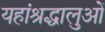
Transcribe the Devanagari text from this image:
यहांश्रद्धालुओं